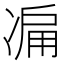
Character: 𠗬